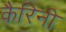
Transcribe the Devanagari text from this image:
कैरिनी